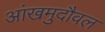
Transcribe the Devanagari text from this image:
आंखमुदौवल